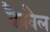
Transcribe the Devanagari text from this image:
बैववैल